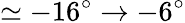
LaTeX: \simeq-16^{\circ}\rightarrow-6^{\circ}